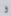
و